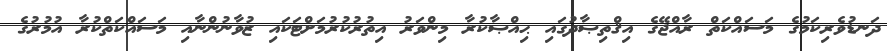
ދަނޑުވެރިކަމުގެ މަސައްކަތް ރާއްޖޭގެ އިޤްތިޞާދުގައި ޙިއްޞާކުރާ މިންވަރު އިތުރުކުރުމަށްޓަކައި ޒުވާނުންނާއި މަސައްކަތްކުރާ އުމުރުގެ